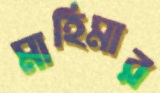
মাহিমার